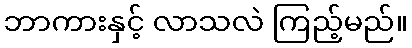
ဘာကားနှင့် လာသလဲ ကြည့်မည်။